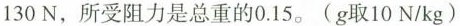
130N，所受阻力是总重的0.15。(g取10N/kg)